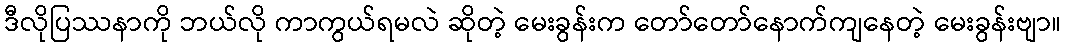
ဒီလိုပြဿနာကို ဘယ်လို ကာကွယ်ရမလဲ ဆိုတဲ့ မေးခွန်းက တော်တော်နောက်ကျနေတဲ့ မေးခွန်းဗျာ။